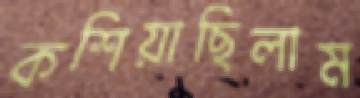
কশিয়াছিলাম